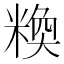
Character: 𱹒